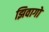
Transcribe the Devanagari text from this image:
झिवागो